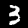
Label: 3